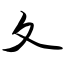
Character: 夂